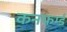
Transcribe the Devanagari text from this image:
कनफर्म्ड